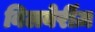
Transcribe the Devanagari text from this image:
बिलबेर्रीज़